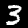
Label: 3